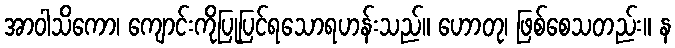
အာဝါသိကော၊ ကျောင်းကိုပြုပြင်ရသောရဟန်းသည်။ ဟောတု၊ ဖြစ်စေသတည်း။ န